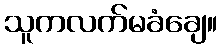
သူကလက်မခံချေ။